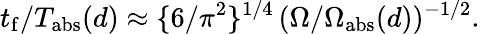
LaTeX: t_{\mathrm{f}}/T_{\mathrm{abs}}(d)\approx\{ 6/\pi^{2}\} ^{1/4}\, (\Omega/\Omega_{\mathrm{abs}}(d))^{-1/2}.